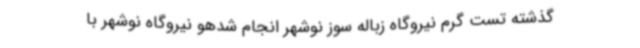
گذشته تست گرم نیروگاه زباله سوز نوشهر انجام شدهو نیروگاه نوشهر با